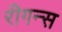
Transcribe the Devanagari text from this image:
रीगन्स